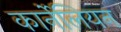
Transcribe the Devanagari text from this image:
कार्नेलियन